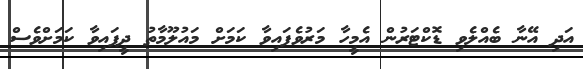
އަދި އޭނާ ބެއްލެވި ޑޮކްޓަރުން އެމީހާ މަރުވެފައިވާ ކަމަށް މައުލޫމާތު ދީފައިވާ ކަމަށްވެސް